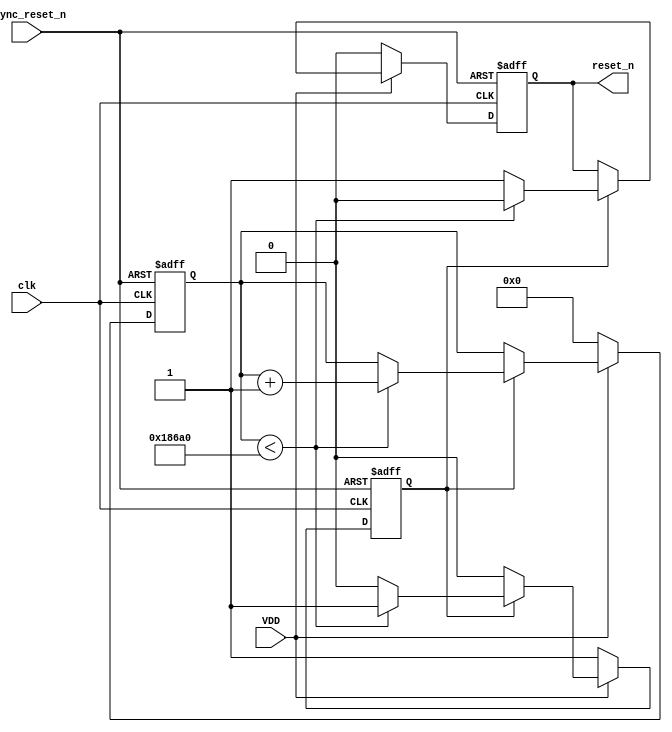
module PowerOnReset (
    input wire VDD,           // Power supply signal
    input wire clk,           // System clock
    input wire async_reset_n, // Asynchronous active-low reset
    output reg reset_n        // Active-low reset signal output
);

    // Parameters
    parameter RESET_DELAY = 100_000; // Delay in clock cycles for reset assertion (adjust as needed)
    
    // State declaration
    reg [17:0] counter; // Counter for timing control (adjust size as necessary)
    reg por_active;     // Indicates if the POR is currently active

    // Initial conditions
    initial begin
        reset_n = 1'b1;   // Reset is deasserted by default
        counter = 0;      // Initialize counter to 0
        por_active = 1'b1; // Start with POR active
    end

    // Power-On Reset Logic
    always @(posedge clk or negedge async_reset_n) begin
        if (!async_reset_n) begin
            reset_n <= 1'b0; // Assert reset immediately on async reset
            counter <= 0;     // Reset the counter
            por_active <= 1'b1; // Set POR active
        end else if (VDD) begin
            if (por_active) begin
                if (counter < RESET_DELAY) begin
                    counter <= counter + 1; // Increment the counter
                    reset_n <= 1'b0; // Keep reset asserted
                end else begin
                    reset_n <= 1'b1; // Deassert reset after delay
                    por_active <= 1'b0; // Mark POR as inactive
                end
            end
        end else begin
            // If VDD goes low, reinitialize the POR
            reset_n <= 1'b0; // Assert reset
            counter <= 0;     // Reset counter
            por_active <= 1'b1; // Set POR active
        end
    end

endmodule